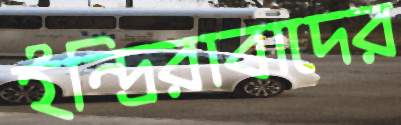
ইন্দ্রিরাবাদের